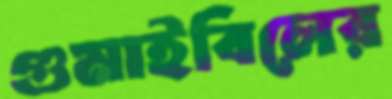
গুমাইবিলের